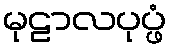
မုဠာလပုပ္ဖံ